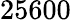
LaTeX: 25600